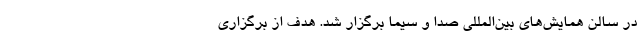
در سالن همایش‌های بین‌المللی صدا و سیما برگزار شد. هدف از برگزاری